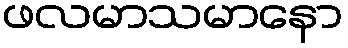
ဖလမာသမာနော